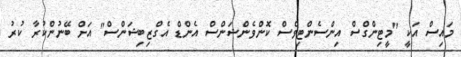
މައިސް އަކީ "މީޓިންގްސް އިންސެންޓިވްސް ކޮންވެންޝަންސް އެންޑް އެގްޒިބިޝަންސް" އަށް ބޭނުންކުރާ ކުރު